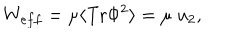
W _ { e f f } = \mu \langle \mathrm { T r } \Phi ^ { 2 } \rangle = \mu \; u _ { 2 } ,